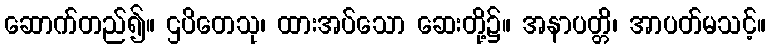
ဆောက်တည်၍။ ဌပိတေသု၊ ထားအပ်သော ဆေးတို့၌။ အနာပတ္တိ၊ အာပတ်မသင့်။